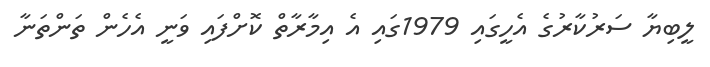
ލީބިޔާ ސަރުކާރުގެ އެހީގައި 1979ގައި އެ އިމާރާތް ކޮށްފައި ވަނީ އެހެން ތަންތަނާ